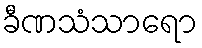
ခီဏသံသာရော